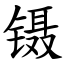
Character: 镊